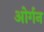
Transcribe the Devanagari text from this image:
ओर्गन